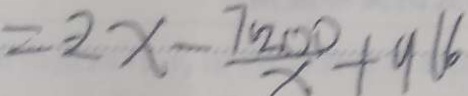
= 2 x - \frac { 7 2 0 0 } { x } + 9 6 6